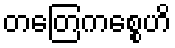
တတြေကစ္စေဟိ